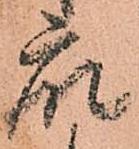
衆